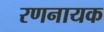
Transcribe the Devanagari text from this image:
रणनायक